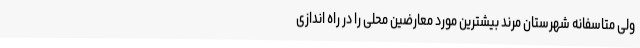
ولی متاسفانه شهرستان مرند بیشترین مورد معارضین محلی را در راه اندازی